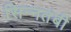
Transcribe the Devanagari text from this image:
सिन्नतंबी